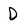
Character: D